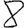
Digit: 8